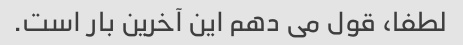
لطفا، قول می دهم این آخرین بار است.